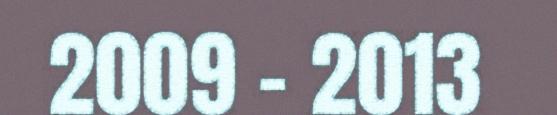
2009 - 2013